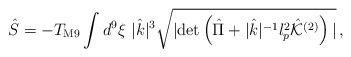
\begin{align*}{\hat S} = - T_{\rm M9} \int d^9 \xi \,\, |{\hat k}|^3 \sqrt{|{\rm det} \left( {\hat \Pi}+ |{\hat k}|^{-1} l_p^2 {\hat {\cal K}}^{(2)} \right)|} \, ,\\\end{align*}